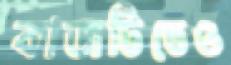
কাজটিতেও